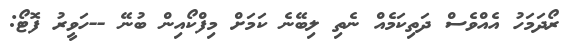
ރޯދަމަހު އެއްވެސް ދަތިކަމެއް ނެތި ލިބޭނެ ކަމަށް މިފްކޯއިން ބުނޭ --ހަވީރު ފޮޓޯ: